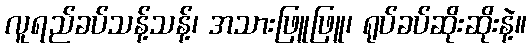
လူရည်ခပ်သန့်သန့်၊ အသားဖြူဖြူ၊ ရုပ်ခပ်ဆိုးဆိုးနဲ့။